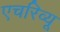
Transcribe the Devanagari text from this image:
एचरिव्यू